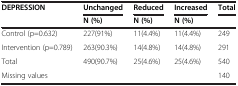
| DEPRESSION | Unchanged | Reduced | Increased | Total |
 |  | N (%) | N (%) | N (%) |  |
 | --- | --- | --- | --- | --- |
 | Control (p=0.632) | 227(91%) | 11(4.4%) | 11(4.4%) | 249 |
 | Intervention (p=0.789) | 263(90.3%) | 14(4.8%) | 14(4.8%) | 291 |
 | Total | 490(90.7%) | 25(4.6%) | 25(4.6%) | 540 |
 | Missing values |  |  |  | 140 |